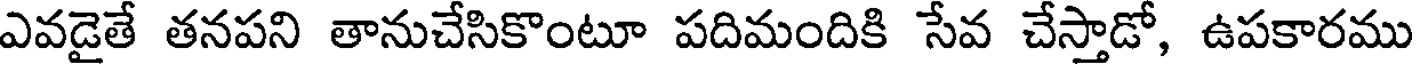
ఎవడైతే తనపని తానుచేసికొంటూ పదిమందికి సేవ చేస్తాడో, ఉపకారము